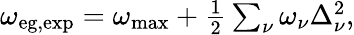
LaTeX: \begin{array}{r}{\omega_{\mathrm{eg,exp}}=\omega_{\mathrm{max}}+\frac 12\sum_{\nu}\omega_{\nu}\Delta_{\nu}^{2},}\end{array}